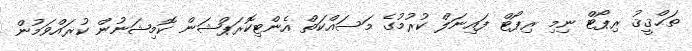
ތަޙްޤީޤު ރިޕޯޓް ނިމި ރިޕޯޓް ފައިނަލް ކުރުމުގެ މަސައްކަތް އެންޓިކޮރަޕްޝަން ކޮމިޝަނުން ކުރައްވަމުން